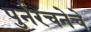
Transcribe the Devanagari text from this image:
पुर्नरचनेचे